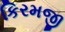
કિરમજી